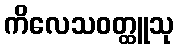
ကိလေသဝတ္ထူသု